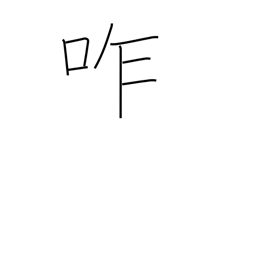
Meaning: chew